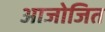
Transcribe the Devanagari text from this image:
आजोजित